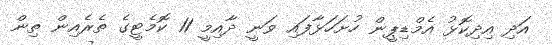
އަދި އިދިކޮޅު އެމްޑިޕީން ހުށަހަޅާފައި ވަނީ ދާއިމީ 11 ކޮމެޓީގެ ތެރެއިން ތިން